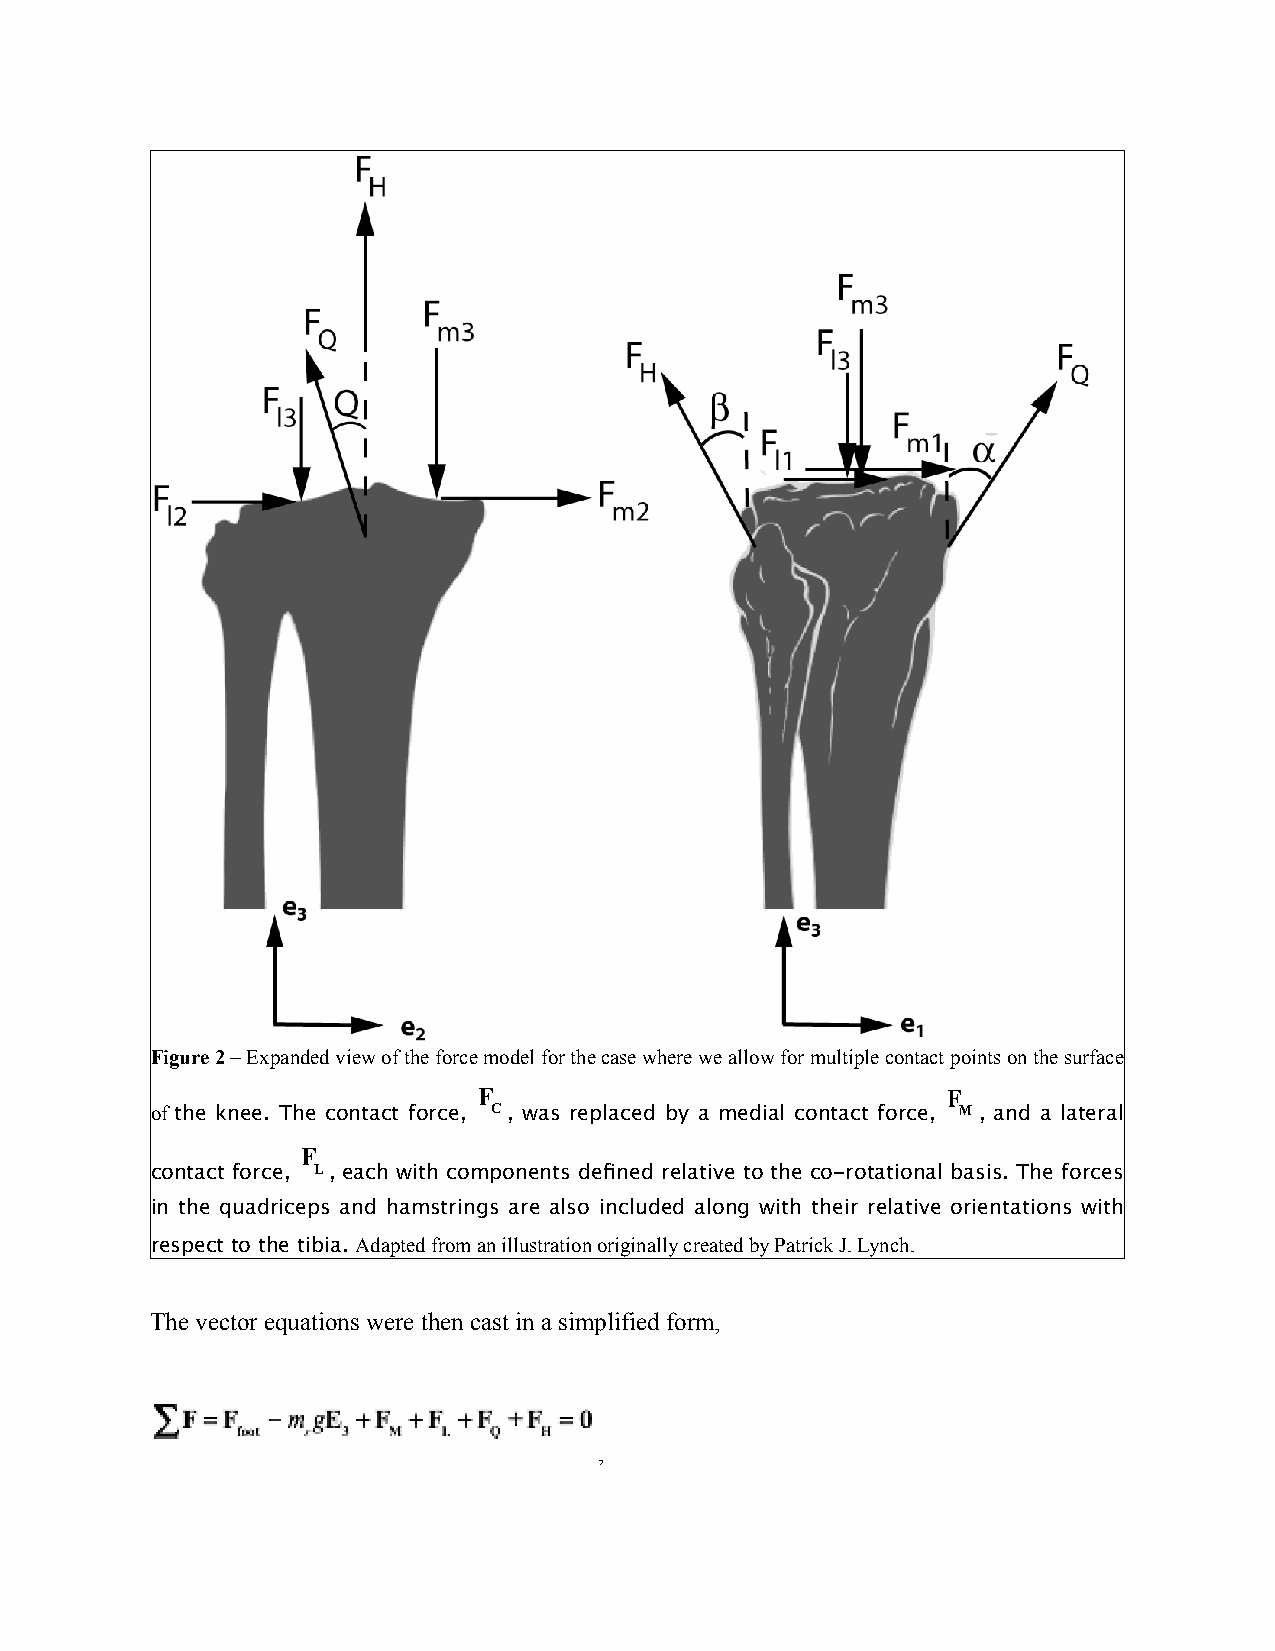
Figure 2 – Expanded view of the force model for the case where we allow for multiple contact points on the surface
 F                              F
 of the knee. The contact force, C, was replaced by a medial contact force, M , and a lateral
 F
 contact force, L, each with components defined relative to the co-rotational basis. The forces
 in the quadriceps and hamstrings are also included along with their relative orientations with
 respect to the tibia. Adapted from an illustration originally created by Patrick J. Lynch.
 The vector equations were then cast in a simplified form,
 ,